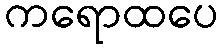
ကရောထပေ